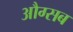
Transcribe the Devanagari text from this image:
औग्सब